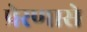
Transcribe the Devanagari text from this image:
प्रेरणासे